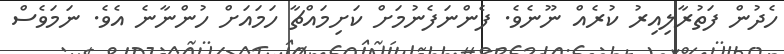
ހެދުން ފަތުރާލިއިރު ކުރެއް ނޫނެވެ. ފެންނަފެނުމަށް ކަށިމައްޗާ ހަމައަށް ހުންނާނެ އެވެ. ނަމަވެސް